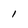
Character: I